Indian Civil Veterinary Department memoirs
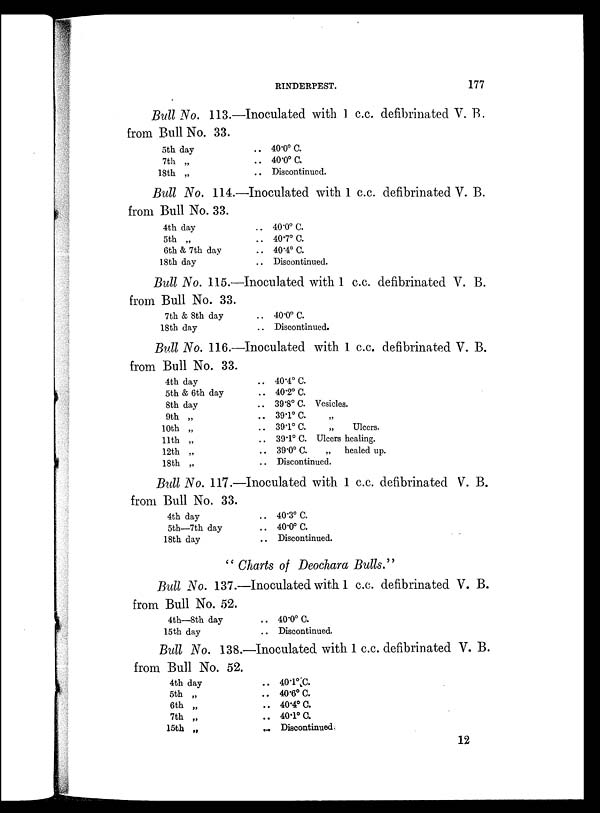
RINDERPEST.
177
Bull No. 113.—Inoculated with 1 c.c. defibrinated V. B.
from Bull No. 33.
5th day
7th „
18th „
.. 40.0º C.
.. 40.0º C.
.. Discontinued.
Bull No. 114.—Inoculated with 1 c.c. defibrinated V. B.
from Bull No. 33.
4th day
5th „
6th & 7th day
18th day
.. 40.0º C.
.. 40.7º C.
.. 40.4º C.
.. Discontinued.
Bull No. 115.—Inoculated with 1 c.c. defibrinated V. B.
from Bull No. 33.
7th & 8th day
18th day
.. 40.0º C.
.. Discontinued.
Bull No. 116.—Inoculated with 1 c.c. defibrinated V. B.
from Bull No. 33.
4th day
5th & 6th day
8th day
9th „
10th „
11th „
12th „
18th „
.. 40.4º C
.. 40.2º C.
.. 39.8º C. Vesicles.
.. 39.1ºC. „
.. 39.1º C.
„
Ulcers.
.. 39.1º C. Ulcers healing.
.. 39.0º C.
„
healed up.
.. Discontinued.
Bull No. 117.—Inoculated with 1 c.c. defibrinated V. B.
from Bull No. 33.
4th day
5th—7th day
18th day
.. 40.3º C.
.. 40.0º C.
.. Discontinued.
" Charts of Deochara Bulls."
Bull No. 137.—Inoculated with 1 c.c. defibrinated V. B.
from Bull No. 52.
4th—8th day
15th day
.. 40.0º C.
.. Discontinued.
Bull No. 138.—Inoculated with 1 c.c. defibrinated V. B.
from Bull No. 52.
4th day
5th „
6th „
7th „
15th „
.. 40.1º C.
.. 40.6º C.
.. 40.4º C.
.. 40.1º C.
.. Discontinued
12